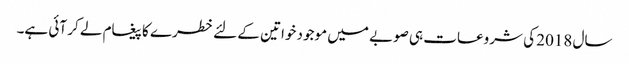
سال 2018 کی شروعات ہی صوبے میں موجود خواتین کے لئے خطرے کا پیغام لے کر آئی ہے۔